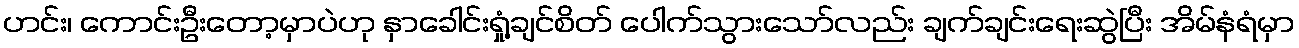
ဟင်း၊ ကောင်းဦးတော့မှာပဲဟု နှာခေါင်းရှုံ့ချင်စိတ် ပေါက်သွားသော်လည်း ချက်ချင်းရေးဆွဲပြီး အိမ်နံရံမှာ